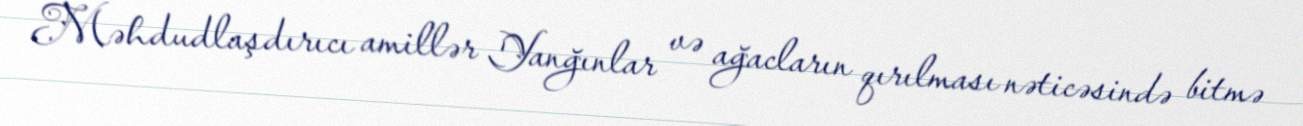
Məhdudlaşdırıcı amillər Yanğınlar və ağacların qırılması nəticəsində bitmə